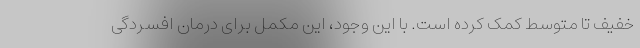
خفیف تا متوسط کمک کرده است. با این وجود، این مکمل برای درمان افسردگی